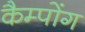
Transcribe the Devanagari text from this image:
कैम्पोंग